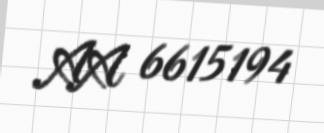
AA 6615194